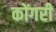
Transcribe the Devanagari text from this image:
कोंगरी